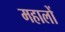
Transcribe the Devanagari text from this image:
महालों